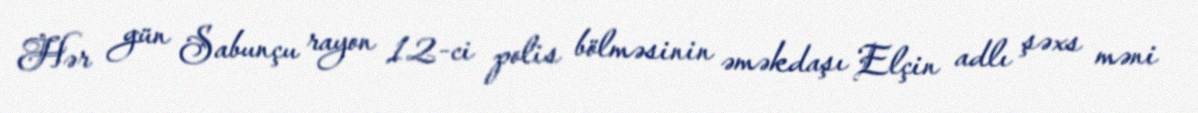
Hər gün Sabunçu rayon 12-ci polis bölməsinin əməkdaşı Elçin adlı şəxs məni